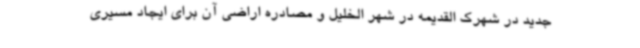
جدید در شهرک القدیمه در شهر الخلیل و مصادره اراضی آن برای ایجاد مسیری